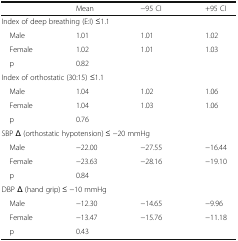
|  | Mean | −95 CI | +95 CI |
 | --- | --- | --- | --- |
 | <COLSPAN=4> Index of deep breathing (E:I) ≤1.1 |
 | Male | 1.01 | 1.01 | 1.02 |
 | Female | 1.02 | 1.01 | 1.03 |
 | p | 0.82 |  |  |
 | <COLSPAN=4> Index of orthostatic (30:15) ≤1.1 |
 | Male | 1.04 | 1.02 | 1.06 |
 | Female | 1.04 | 1.03 | 1.06 |
 | p | 0.76 |  |  |
 | <COLSPAN=4> SBP Δ (orthostatic hypotension) ≤ −20 mmHg |
 | Male | −22.00 | −27.55 | −16.44 |
 | Female | −23.63 | −28.16 | −19.10 |
 | p | 0.84 |  |  |
 | <COLSPAN=4> DBP Δ (hand grip) ≤ −10 mmHg |
 | Male | −12.30 | −14.65 | −9.96 |
 | Female | −13.47 | −15.76 | −11.18 |
 | p | 0.43 |  |  |